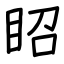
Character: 眧